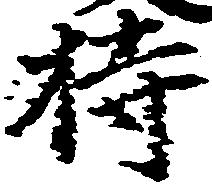
持